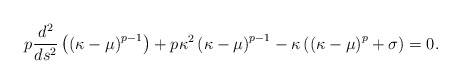
\begin{align*}p\frac{d^2}{ds^2}\left(\left(\kappa-\mu\right)^{p-1}\right)+p\kappa^2\left(\kappa-\mu\right)^{p-1}-\kappa\left(\left(\kappa-\mu\right)^p+\sigma\right)=0.\end{align*}